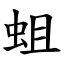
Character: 蛆